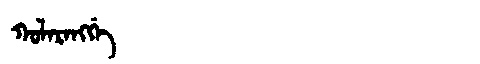
Manchu: ᡴᠣᠯᠠᡵᠠᠩᡤᡝ
Romanization: KOLARANGGE